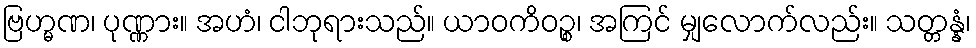
ဗြဟ္မဏ၊ ပုဏ္ဏား။ အဟံ၊ ငါဘုရားသည်။ ယာဝကိဝဉ္စ၊ အကြင် မျှလောက်လည်း။ သတ္တန္နံ၊